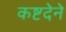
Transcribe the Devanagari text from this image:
कष्टदेने